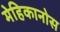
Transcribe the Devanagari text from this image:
मेहिकानोस